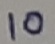
Text: 10